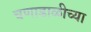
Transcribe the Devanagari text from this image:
चणाडाळीच्या